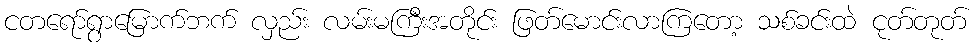
ငတရော်ရွာမြောက်ဘက် လှည်း လမ်းမကြီးအတိုင်း ဖြတ်မောင်းလာကြတော့ သစ်ခင်းထဲ ငုတ်တုတ်